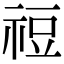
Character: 䄈